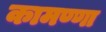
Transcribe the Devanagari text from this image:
कामण्णा